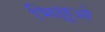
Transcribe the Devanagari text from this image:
भिक्षूओ